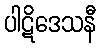
ပါဋိဒေသနီ